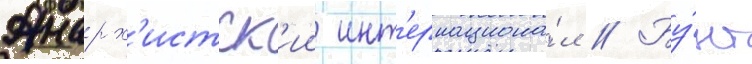
Анарх'истск'ии инт'ернациона́л // Бу́нт